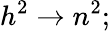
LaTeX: h^{2}\to n^{2};